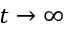
t \rightarrow \infty